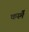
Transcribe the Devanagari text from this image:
कस्मै॑